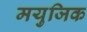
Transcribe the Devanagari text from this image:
मयुजिक